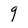
Character: q